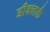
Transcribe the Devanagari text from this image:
डीक्लर्क